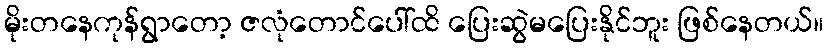
မိုးတနေကုန်ရွာတော့ ဇလုံတောင်ပေါ်ထိ ပြေးဆွဲမပြေးနိုင်ဘူး ဖြစ်နေတယ်။